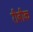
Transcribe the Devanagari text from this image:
रीबीक